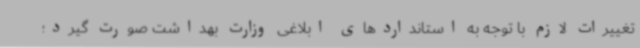
تغییرات لازم با توجه به استانداردهای ابلاغی وزارت بهداشت صورت گیرد؛